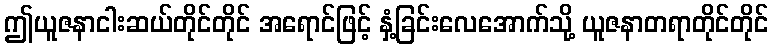
ဤယူဇနာငါးဆယ်တိုင်တိုင် အရောင်ဖြင့် နှံ့ခြင်းလေအောက်သို့ ယူဇနာတရာတိုင်တိုင်